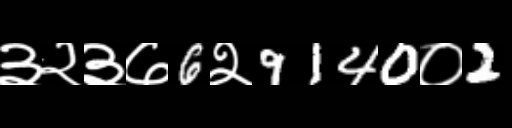
Text: ३२३७6२9140०2